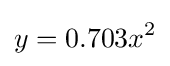
y=0.703x^{2}